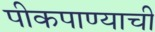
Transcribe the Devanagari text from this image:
पीकपाण्याची